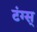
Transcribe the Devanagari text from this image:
टंग्स्